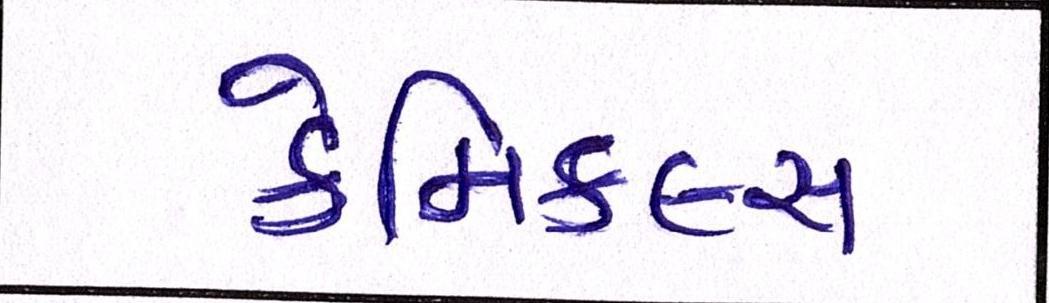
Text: કેમિકલ્સ